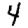
Digit: 4